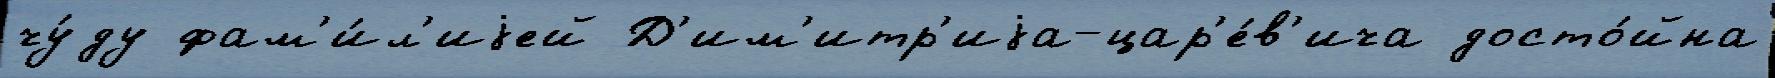
чу́ду фам'и́л'иjей Д'им'итр'иjа-цар'е́в'ича досто́йна